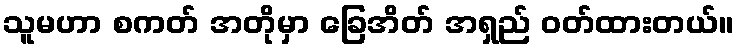
သူမဟာ စကတ် အတိုမှာ ခြေအိတ် အရှည် ဝတ်ထားတယ်။